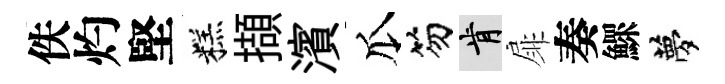
佚灼堅糕擷濱瓜笏肯扉奏鰥夢